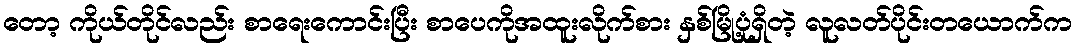
တော့ ကိုယ်တိုင်လည်း စာရေးကောင်းပြီး စာပေကိုအထူးလိုက်စား နှစ်မြို့ပုံရှိတဲ့ လူလတ်ပိုင်းတယောက်က